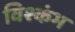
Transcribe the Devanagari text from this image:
विश्कंभ